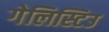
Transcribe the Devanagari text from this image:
गेलिस्टिउ